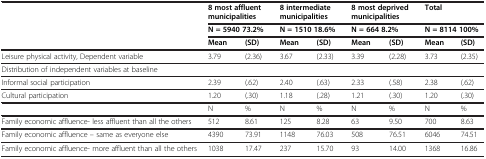
<table><thead><tr><td rowspan="3"><b> </b></td><td colspan="2"><b>8 most affluent municipalities</b></td><td colspan="2"><b>8 intermediate municipalities</b></td><td colspan="2"><b>8 most deprived municipalities</b></td><td colspan="2"><b>Total</b></td></tr><tr><td colspan="2"><b>N = 5940 73.2%</b></td><td colspan="2"><b>N = 1510 18.6%</b></td><td colspan="2"><b>N = 664 8.2%</b></td><td colspan="2"><b>N = 8114 100%</b></td></tr><tr><td><b>Mean</b></td><td><b>(SD)</b></td><td><b>Mean</b></td><td><b>(SD)</b></td><td><b>Mean</b></td><td><b>(SD)</b></td><td><b>Mean</b></td><td><b>(SD)</b></td></tr></thead><tbody><tr><td>Leisure physical activity, Dependent variable</td><td>3.79</td><td>(2.36)</td><td>3.67</td><td>(2.33)</td><td>3.39</td><td>(2.28)</td><td>3.73</td><td>(2.35)</td></tr><tr><td>Distribution of independent variables at baseline</td><td> </td><td> </td><td> </td><td> </td><td> </td><td> </td><td> </td><td> </td></tr><tr><td>Informal social participation</td><td>2.39</td><td>(.62)</td><td>2.40</td><td>(.63)</td><td>2.33</td><td>(.58)</td><td>2.38</td><td>(.62)</td></tr><tr><td>Cultural participation</td><td>1.20</td><td>(.30)</td><td>1.18</td><td>(.28)</td><td>1.21</td><td>(.30)</td><td>1.20</td><td>(.30)</td></tr><tr><td> </td><td>N</td><td>%</td><td>N</td><td>%</td><td>N</td><td>%</td><td>N</td><td>%</td></tr><tr><td>Family economic affluence- less affluent than all the others</td><td>512</td><td>8.61</td><td>125</td><td>8.28</td><td>63</td><td>9.50</td><td>700</td><td>8.63</td></tr><tr><td>Family economic affluence – same as everyone else</td><td>4390</td><td>73.91</td><td>1148</td><td>76.03</td><td>508</td><td>76.51</td><td>6046</td><td>74.51</td></tr><tr><td>Family economic affluence- more affluent than all the others</td><td>1038</td><td>17.47</td><td>237</td><td>15.70</td><td>93</td><td>14.00</td><td>1368</td><td>16.86</td></tr></tbody></table>